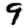
Digit: 9